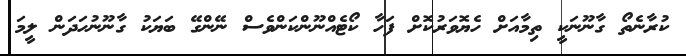
ކުރާނެތޯ ގާނޫނަކީ ތިމާއަށް ހެޔޮވަރުކޮށް ފަހާ ކޯޓެއްނޫންކަންވެސް ނޭންގޭ ބަޔަކު ގާނޫނުހަދަން ލީމަ